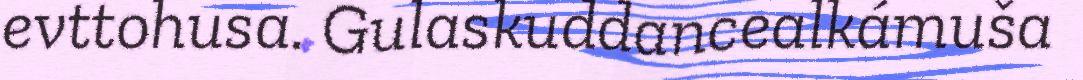
evttohusa. Gulaskuddancealkámuša